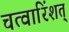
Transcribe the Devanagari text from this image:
चत्वारिंशत्